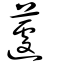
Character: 蘧